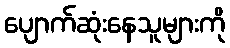
ပျောက်ဆုံးနေသူများကို